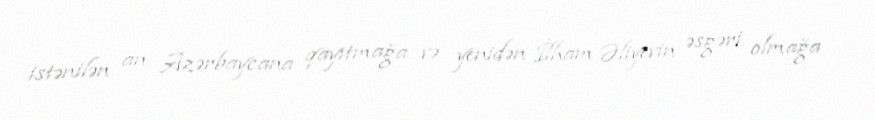
istənilən an Azərbaycana qayıtmağa və yenidən İlham Əliyevin əsgəri olmağa